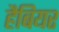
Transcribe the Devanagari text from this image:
हैबियर